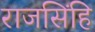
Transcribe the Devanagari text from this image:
राजसिंहि